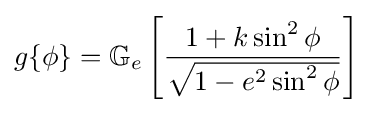
g\{\phi \}=\mathbb {G} _{e}\left[{\frac {1+k\sin ^{2}\phi }{\sqrt {1-e^{2}\sin ^{2}\phi }}}\right]